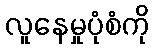
လူနေမှုပုံစံကို